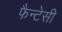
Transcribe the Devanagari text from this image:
फैन्टेसी